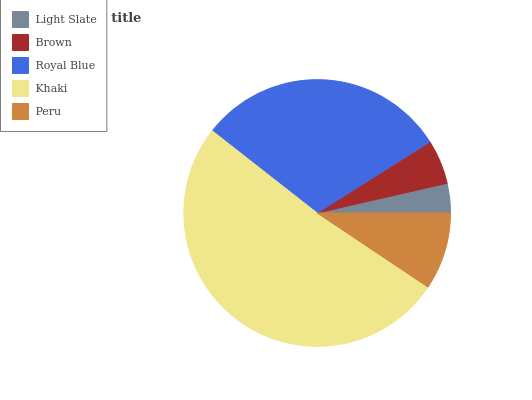
| Light Slate | Brown | Royal Blue | Khaki | Peru |
 | --- | --- | --- | --- | --- |
 | 3.58% | 5.38% | 30.4% | 51.3% | 9.38% |